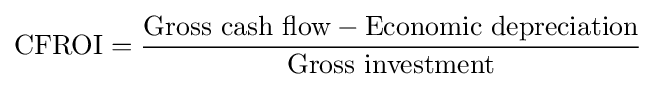
{\text{CFROI}}={\frac {{\text{Gross cash flow}}-{\text{Economic depreciation}}}{\text{Gross investment}}}